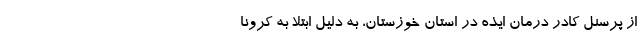
از پرسنل کادر درمان ایذه در استان خوزستان، به دلیل ابتلا به کرونا